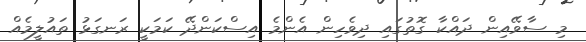
މި ސާވޭއިން ދައްކާ ގޮތުގައި ދިވެހިން އެންމެ އިސްކަންދޭ ކަމަކީ ރަނގަޅު ތައުލީމެއް